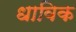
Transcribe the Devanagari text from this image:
धाविक